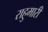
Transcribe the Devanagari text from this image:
राहुमारी